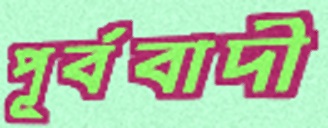
পূর্ববাদী